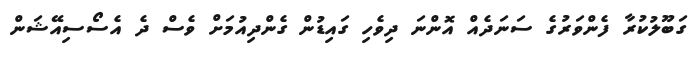
ގަބޫލުކުރާ ފެންވަރުގެ ސަނަދެއް އޮންނަ ދިވެހި ގައިޑުން ގެންދިއުމަށް ވެސް ދެ އެސޯސިއޭޝަން